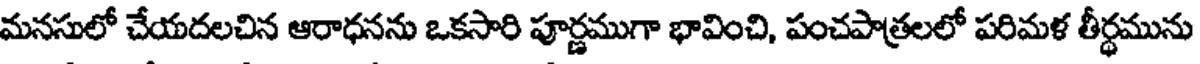
మనసులో చేయదలచిన ఆరాధనను ఒకసారి పూర్ణముగా భావించి, పంచపాత్రలలో పరిమళ తీర్థమును